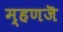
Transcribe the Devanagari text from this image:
म्हणजॆ